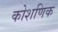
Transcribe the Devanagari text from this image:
कोशणिक